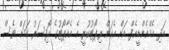
އަދި އެމްއެންޑީއެފް އަށް އެކަން ރިޕޯޓުކުރީ އެ އެއާޕޯޓުގެ އޮފިސަރު ކަމަށް ވެސް